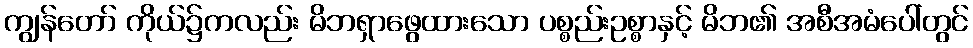
ကျွန်တော် ကိုယ်၌ကလည်း မိဘရှာဖွေထားသော ပစ္စည်းဥစ္စာနှင့် မိဘ၏ အစီအမံပေါ်တွင်